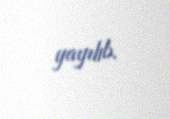
yayılıb.